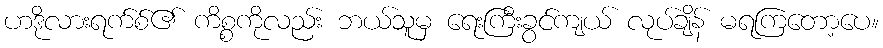
ဟဒိုလားရက်စ်၏ ကိစ္စကိုလည်း ဘယ်သူမှ ရေးကြီးခွင်ကျယ် လုပ်ချိန် မရကြတော့ပေ။